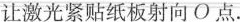
让激光紧贴纸板射向O点。